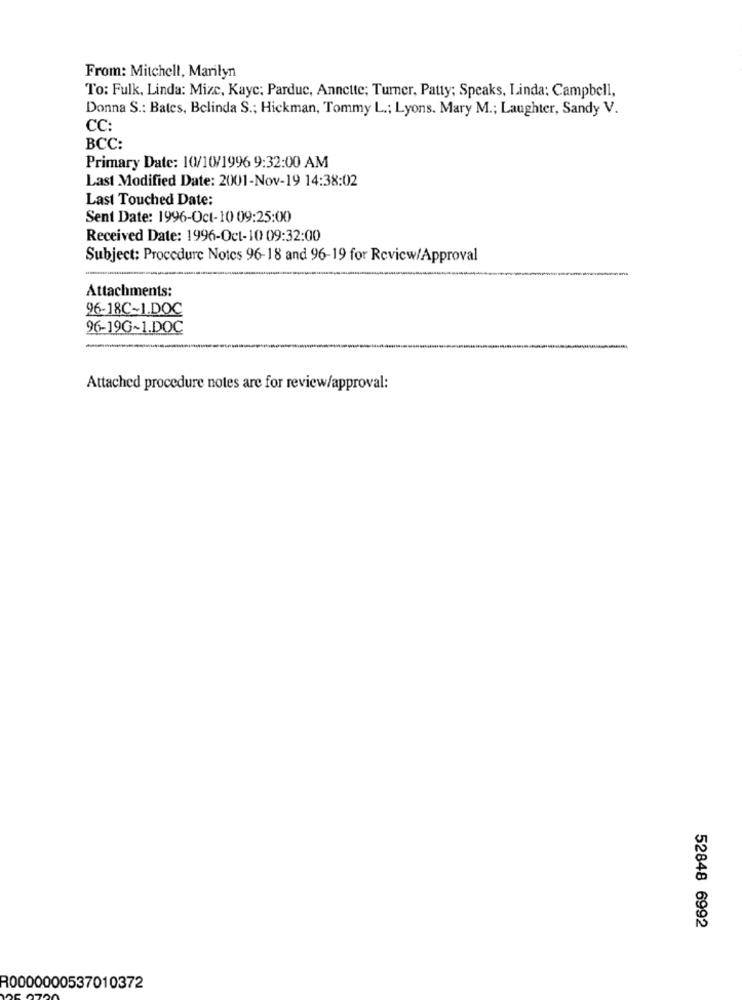
From: Mitchell, Marilyn
To: Fulk, Linda: Mize, Kayc; Parduc, Annette; Turner, Patty; Speaks, Linda: Campbell,
Donna S .: Bates, Belinda S .; Hickman, Tommy L .; Lyons. Mary M .; Laughter, Sandy V.
CC:
BCC:
Primary Date: 10/10/1996 9:32:00 AM
Last Modified Date: 2001-Nov-19 14:38:02
Last Touched Date:
Sent Date: 1996-Oct-10 09:25:00
Received Date: 1996-Oct-10 09:32:00
Subject: Procedure Notes 96-18 and 96-19 for Review/Approval
Attachments:
96-18C-1.DOC
96-19G~1.DOC
Attached procedure notes are for review/approval:
52848 6992
R0000000537010372